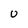
Character: U